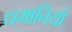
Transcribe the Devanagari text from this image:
धमानियो